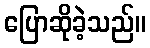
ပြောဆိုခဲ့သည်။